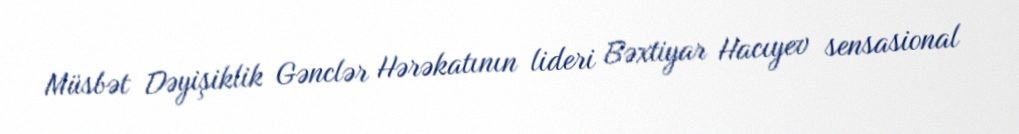
Müsbət Dəyişiklik Gənclər Hərəkatının lideri Bəxtiyar Hacıyev sensasional